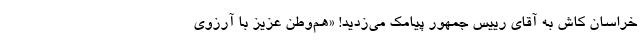
خراسان کاش به آقای رییس جمهور پیامک می‌زدید! «هم‌وطن عزیز با آرزوی